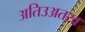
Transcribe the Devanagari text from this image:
अतिउअतरव्र